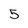
Character: 5